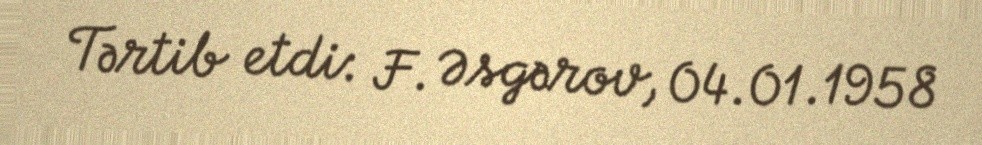
Tərtib etdi: F. Əsgərov, 04.01.1958